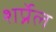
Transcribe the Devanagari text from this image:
शर्प्नेल